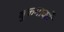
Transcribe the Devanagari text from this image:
बुकमार्कों